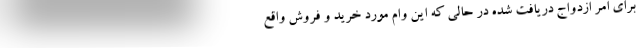
برای امر ازدواج دریافت شده در حالی که این وام مورد خرید و فروش واقع